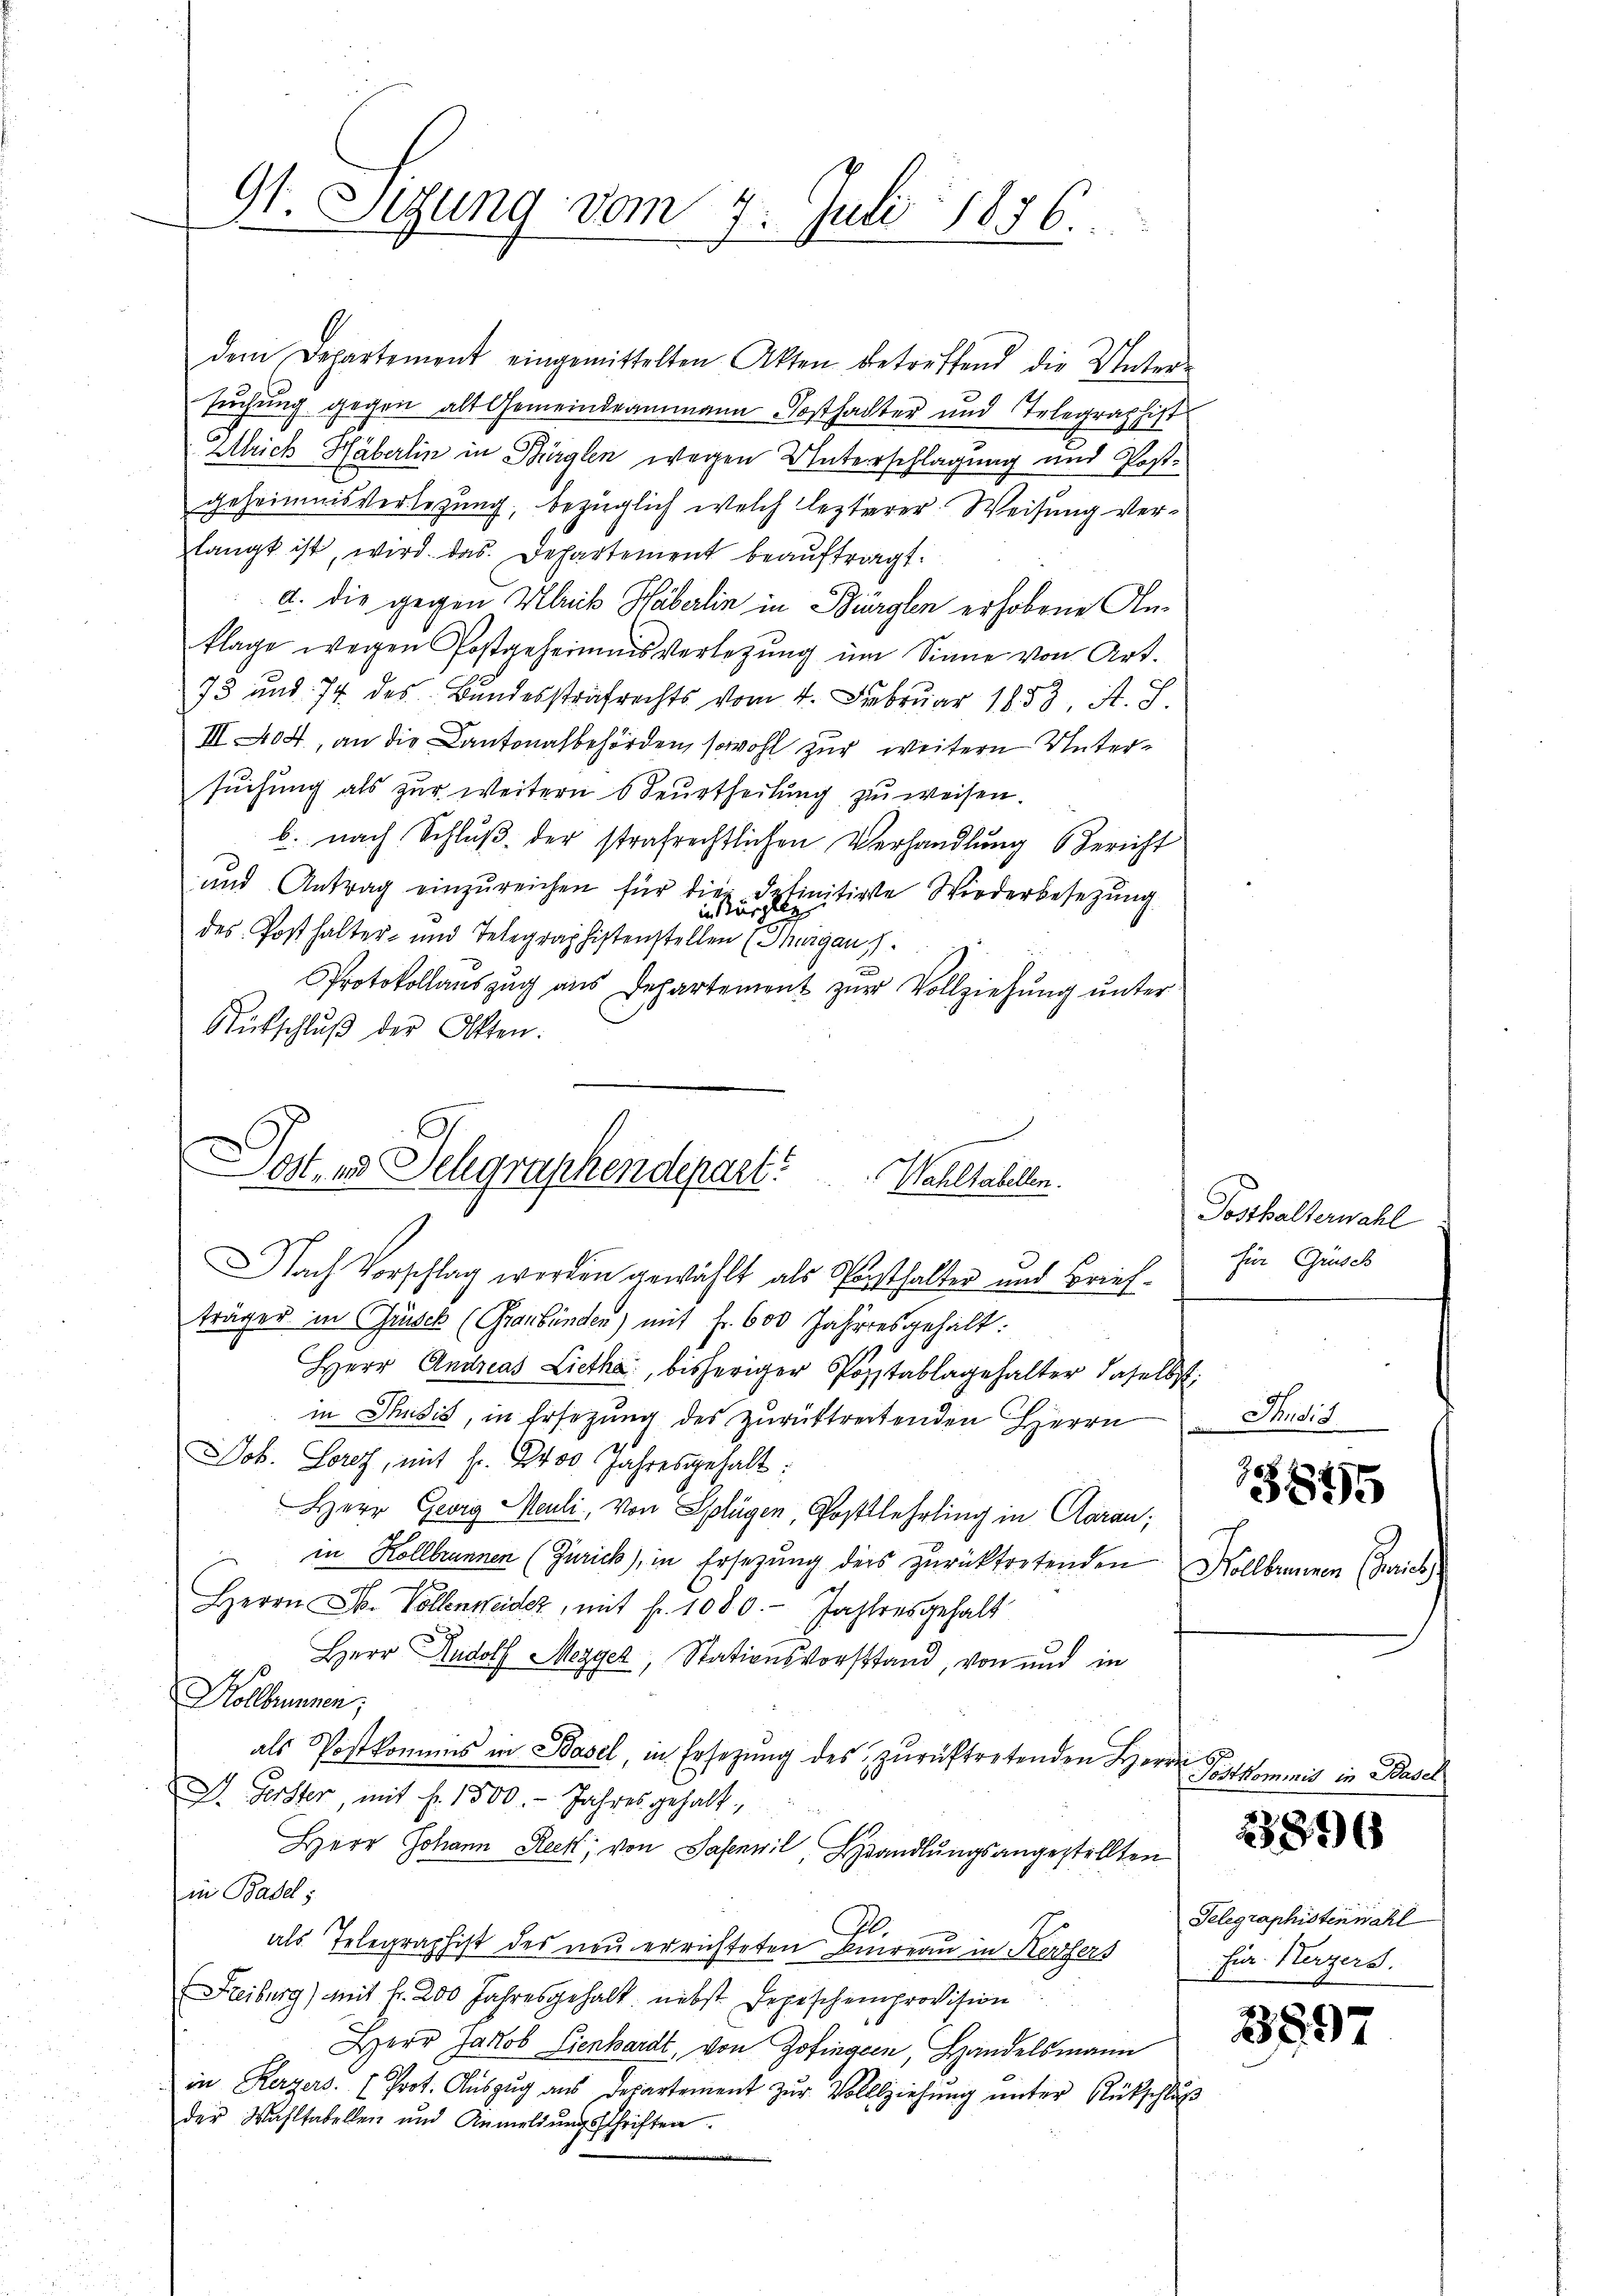
9t. Sizung vom 7. Juli 1876.
1

dem Departement eingemittelten Akten betreffend die Unter-
suchung gegen alt Gemeindeammann Posthachter und Telegraphist
Alrich Häberlin in Bürglen wegen Unterschlagung und Post-
geheimnisverlegung, bezüglich welch lezterer Weisung verlangt ist, wird das Departement beauftragt.
a. die gegen Klinik Häberlin in Bürglen erhobene Anklage wegen Postgeheimnis verlegung im Sinne von Art.
73 und 74 des Bundesstrafrechts vom 4. Februar 1853, St. J.
III 404, an die Cantonalbehörden, sowohl zur weitere Untersuchung als zur weitern 6 Beurtheilung zu weisen.
b. nach Schlŭβ der strafrechtlichen Verhandlŭng Bericht
und Antrag einzŭreichen für dies definitive Wiederbesetzung
des Posthalter- und Telegraphistenstellen (Thurgau s.
Protokollauszug aus Departement zur Vollziehung unter
Rütschluß der Otten.
Nach Vorschlag werden gewählt als Posthalter und Briefträger in Grusek (Graubünden) mit Fr. 600 Jahresgehält:
Herr Andreas Liethe, bisheriger Posstablagehalter daselbst:
in Thusis, in Ersetzung des zurücktretenden Herrn
Job. Loret, mit Fr. 2400 Jahresgehalt:
Herr Georg Meuli, von Splügen, Postklehrling in Caran,
in Kollbrunnen (Zürich, in Ersezung ders zurücktretenden Mollbrunnen (Gerich
Herrn D. Vollenweider, mit fr. 1080. Jahres gehalt
 Herr Rudolf Mezger, Stationsvorstand, von und in
Hollbrunnen;
als Postkommnis in Basel, in Ersezung des zurücktretenden Herrn S
D. Gerster, mit fr. 1500. - Jahres gehalt,
Herr Johann Reck, von Sabenwil Handlungsangestellten
in Basel;
D
als Telegraphist des neu errichteten Bureau in Kerzers
Freiburg) mit Fr. 200 Jahresgehalt nebst Depeschenprovision
Herr Jakob Lienhardt, von Zofingen, Handelsmann
in Kerzers. (Prot. Aŭszŭg aŭs departement zŭr Vollziehŭng ŭnter Rückschlŭβ
der Wahltabellen und Anmeldŭngsschriften.

ost, und Telegraphendepart. Wahltabellen.

Posthalterwahl
für Grüsch

Thudis

1845

Sostkommis in Basel

23896

Telegraphisten wähl
für Herzers.

3897